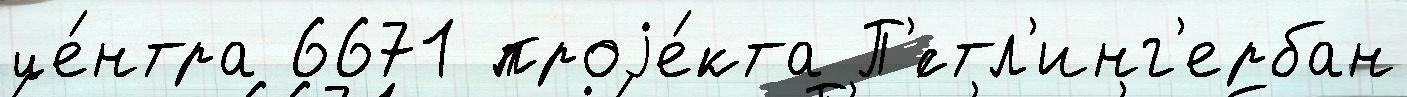
це́нтра 6671 проjе́кта П'́стл'инг'ербан